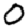
Digit: 0